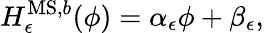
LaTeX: H_{\epsilon}^{\mathrm{MS,}b}(\phi)=\alpha_{\epsilon}\phi+\beta_{\epsilon},